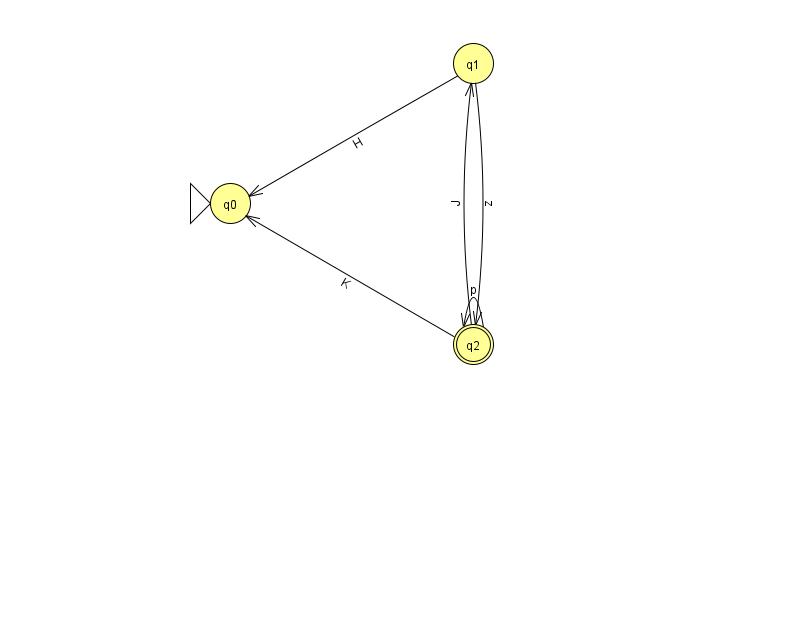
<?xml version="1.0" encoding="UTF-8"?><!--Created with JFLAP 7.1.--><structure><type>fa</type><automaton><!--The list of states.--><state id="0" name="q0"><x>230.0</x><y>190.0</y><initial/></state><state id="1" name="q1"><x>473.0</x><y>50.0</y></state><state id="2" name="q2"><x>473.0</x><y>331.0</y><final/></state><!--The list of transitions.--><transition><from>2</from><to>2</to><read>p</read></transition><transition><from>2</from><to>0</to><read>K</read></transition><transition><from>1</from><to>2</to><read>z</read></transition><transition><from>2</from><to>1</to><read>J</read></transition><transition><from>1</from><to>0</to><read>H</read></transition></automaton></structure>